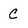
Character: C